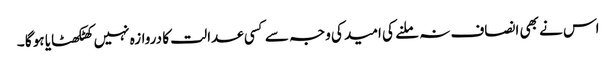
اس نے بھی انصاف نہ ملنے کی امید کی وجہ سے کسی عدالت کا دروازہ نہیں کھٹکھٹایا ہو گا ۔